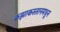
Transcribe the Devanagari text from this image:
कझाकस्तानमधून